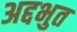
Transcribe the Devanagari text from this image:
अद्दभुत